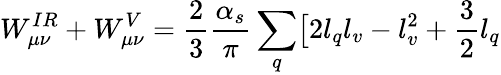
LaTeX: W_{\mu\nu}^{IR}+W_{\mu\nu}^{V}=\frac 23\frac{\alpha_{s}}{\pi}\sum_{q}\bigl[2l_{q}l_{v}-l_{v}^{2}+\frac 32l_{q}